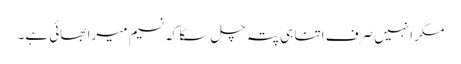
مگر انہیں صرف اتنا ہی پتہ چل سکا کہ نسیم میرا بھائی ہے۔